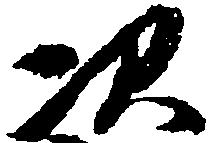
次